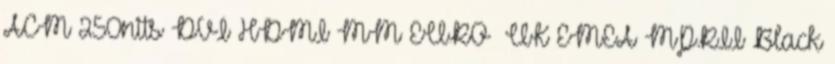
ACM 250nits DVI HDMI MM EURO UK EMEA MPRII Black